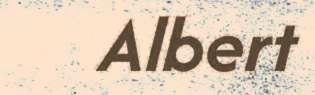
Albert